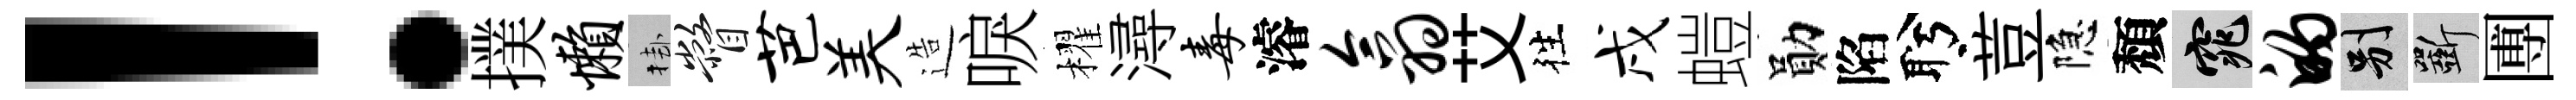
！撲懒挂瞥芭美造唳櫂潯毒濬翕艾徃戌螘勛陷盻荳隐頽窕的别斫圑